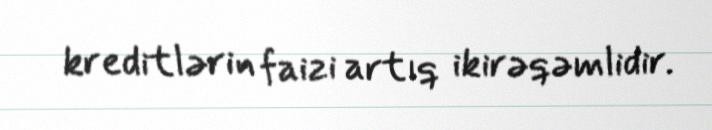
kreditlərin faizi artıq ikirəqəmlidir.